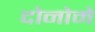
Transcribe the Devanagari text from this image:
दोनोमे